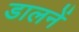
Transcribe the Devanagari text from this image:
डालनें